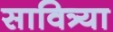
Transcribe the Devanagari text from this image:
सावित्र्या